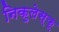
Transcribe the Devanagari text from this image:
निकुलेस्कू